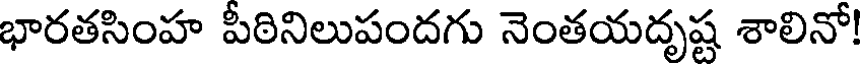
భారతసింహ పీఠినిలుపందగు నెంతయదృష్ట శాలినో!